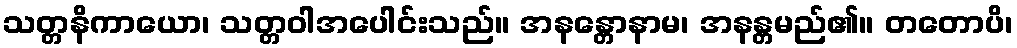
သတ္တနိကာယော၊ သတ္တဝါအပေါင်းသည်။ အနန္တောနာမ၊ အနန္တမည်၏။ တတောပိ၊